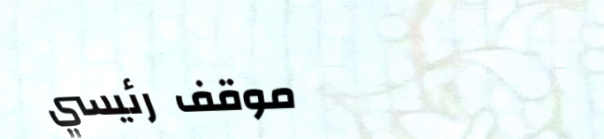
موقف رئيسي